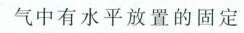
气中有水平放置的固定